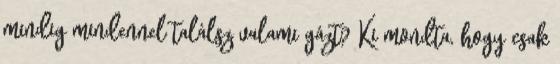
mindig mindennel találsz valami gázt? Ki mondta, hogy csak